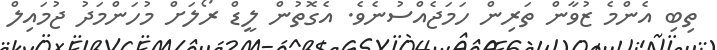
ތިބި އެންމެ ޒުވާން ތަރިން ހަމަޖެއްސުނެވެ. އެގޮތުން ލީޑް ރޯލަށް މުހަންމަދު ޖުމައިލް